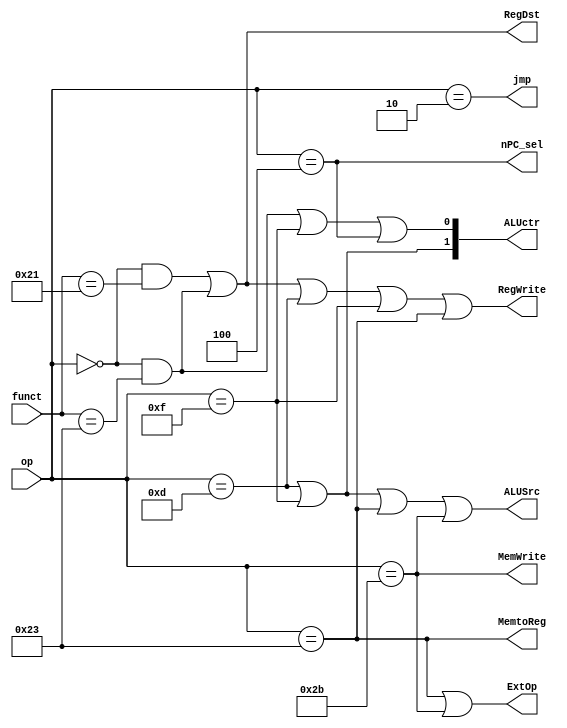
module CU(RegDst, ALUSrc, MemtoReg, RegWrite, MemWrite, nPC_sel, ExtOp, jmp, ALUctr, op, funct); 
  output RegDst, ALUSrc, MemtoReg, RegWrite, MemWrite, nPC_sel, ExtOp, jmp; 
  output [1:0] ALUctr; 
  input [5:0] op; 
  input [5:0] funct; 
  wire addu, subu, ori, lui, lw, sw, beq, j; 
  
  assign addu = op==6'b000000&&funct==6'b100001; 
  assign subu = op==6'b000000&&funct==6'b100011; 
  assign ori = op==6'b001101; 
  assign lui = op==6'b001111; 
  assign lw = op==6'b100011; 
  assign sw = op==6'b101011; 
  assign beq = op==6'b000100; 
  assign j = op==6'b000010; 

  assign RegDst = addu||subu; // R-format ins with rd
  assign ALUSrc = ori||lui||lw||sw; // I-format ins
  assign MemtoReg = lw; 
  assign RegWrite = addu||subu||ori||lui||lw; 
  assign MemWrite = sw; 
  assign nPC_sel = beq; 
  assign ExtOp = lw||sw; // I-format ins with signed-extended imm
  assign jmp = j; 
  assign ALUctr[1] = ori||lui; 
  assign ALUctr[0] = subu||lui||beq; 

endmodule